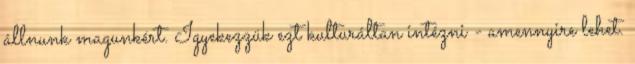
állnunk magunkért. Igyekezzük ezt kulturáltan intézni - amennyire lehet.